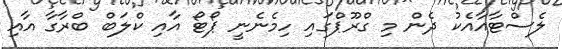
ލެސްޓާއާއެކު ދެން މި ގްރޫޕްގައި ހިމެނެނީ ޕޯޓޯ އާއި ކްލަބް ބްރާގާ އާއި